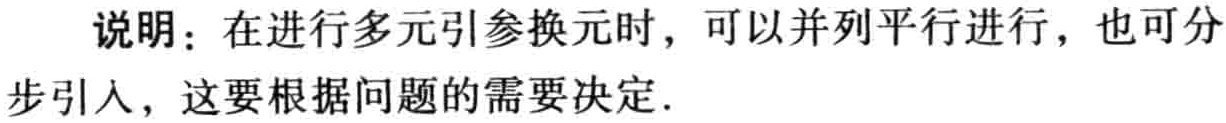
说明：在进行多元引参换元时，可以并列平行进行，也可分步引入，这要根据问题的需要决定.